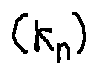
( k _ { n } )